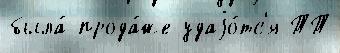
была́ прода́же удаjо́тс'я ТТ